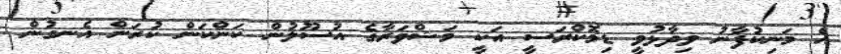
އެ މަނިކުފާނު ވިދާޅުވީ ޑިމޮކްރަސީ އަކީ މަޝްވަރާގެ އުސޫލުން ކަންކަން ކުރަން އެނގުން